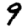
Digit: 9